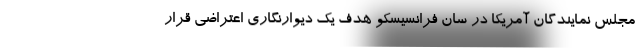
مجلس نمایندگان آمریکا در سان فرانسیسکو هدف یک دیوارنگاری اعتراضی قرار